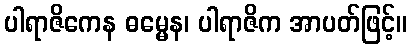
ပါရာဇိကေန ဓမ္မေန၊ ပါရာဇိက အာပတ်ဖြင့်။